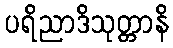
ပရိညာဒိသုတ္တာနိ